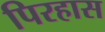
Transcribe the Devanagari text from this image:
पिरहास